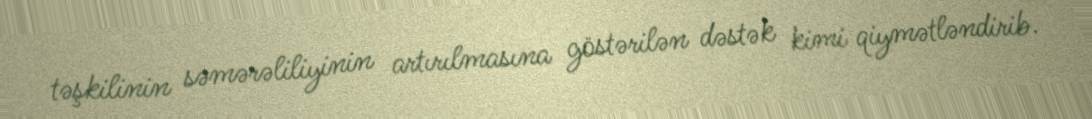
təşkilinin səmərəliliyinin artırılmasına göstərilən dəstək kimi qiymətləndirib.